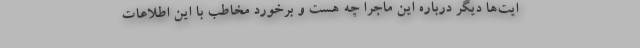
ایت‌ها دیگر درباره این ماجرا چه هست و برخورد مخاطب با این اطلاعات